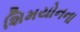
શિમયોનના